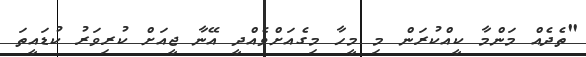
"ތެދެއް މަންމާ ކީއްކުރަން މި މީހާ މިގެއަށްވެއްދީ އޭނާ ޖީއަށް ކުރިވަރު ކުޑައީތަ